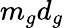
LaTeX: m_{g}d_{g}